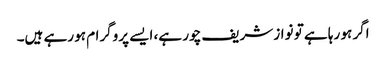
اگر ہو رہا ہے تو نواز شریف چور ہے، ایسے پروگرام ہو رہے ہیں۔